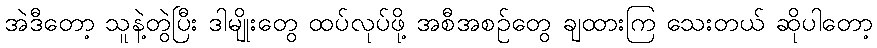
အဲဒီတော့ သူနဲ့တွဲပြီး ဒါမျိုးတွေ ထပ်လုပ်ဖို့ အစီအစဉ်တွေ ချထားကြ သေးတယ် ဆိုပါတော့